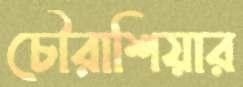
চৌরাশিয়ার